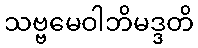
သဗ္ဗမေဝါဘိမဒ္ဒတိ